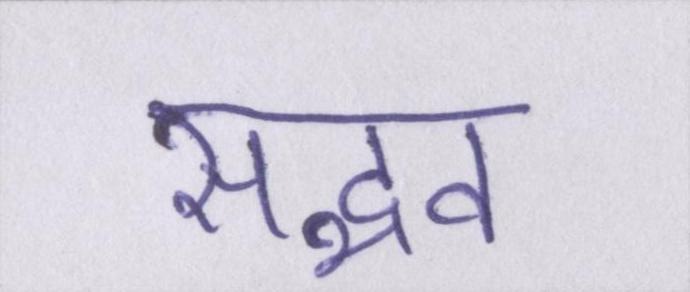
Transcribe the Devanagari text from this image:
सद्भव